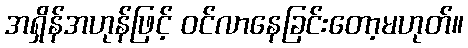
အရှိန်အဟုန်ဖြင့် ဝင်လာနေခြင်းတော့မဟုတ်။